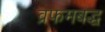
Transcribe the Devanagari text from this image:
व्रफमबद्ध